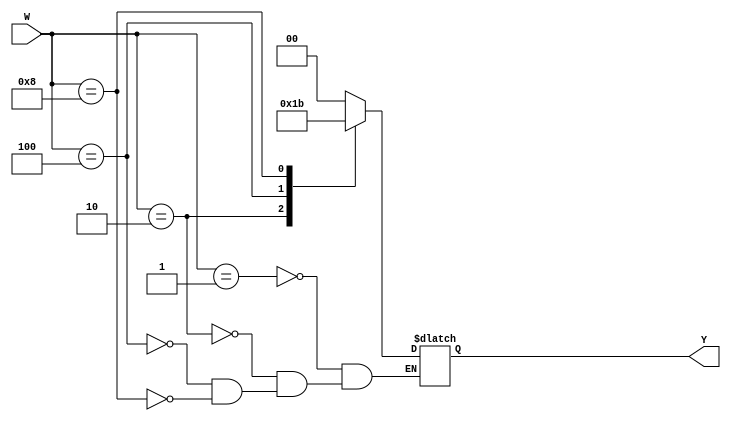



//4:2 encoder implemented using case statement

module enc4to2(W, Y);
input [3:0] W;
output reg [1:0]Y;

always @(W)
begin
  case(W) 
	4'b0001:Y=2'b00;
	4'b0010:Y=2'b01;
	4'b0100:Y=2'b10;
	4'b1000:Y=2'b11;
   endcase
end
endmodule